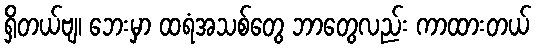
ရှိတယ်ဗျ၊ ဘေးမှာ ထရံအသစ်တွေ ဘာတွေလည်း ကာထားတယ်